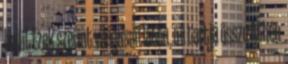
belül. Ezek szerint világosan látta, mi tartja össze Athén